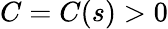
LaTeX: C=C(s)>0